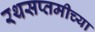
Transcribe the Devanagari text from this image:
रथसप्तमीच्या